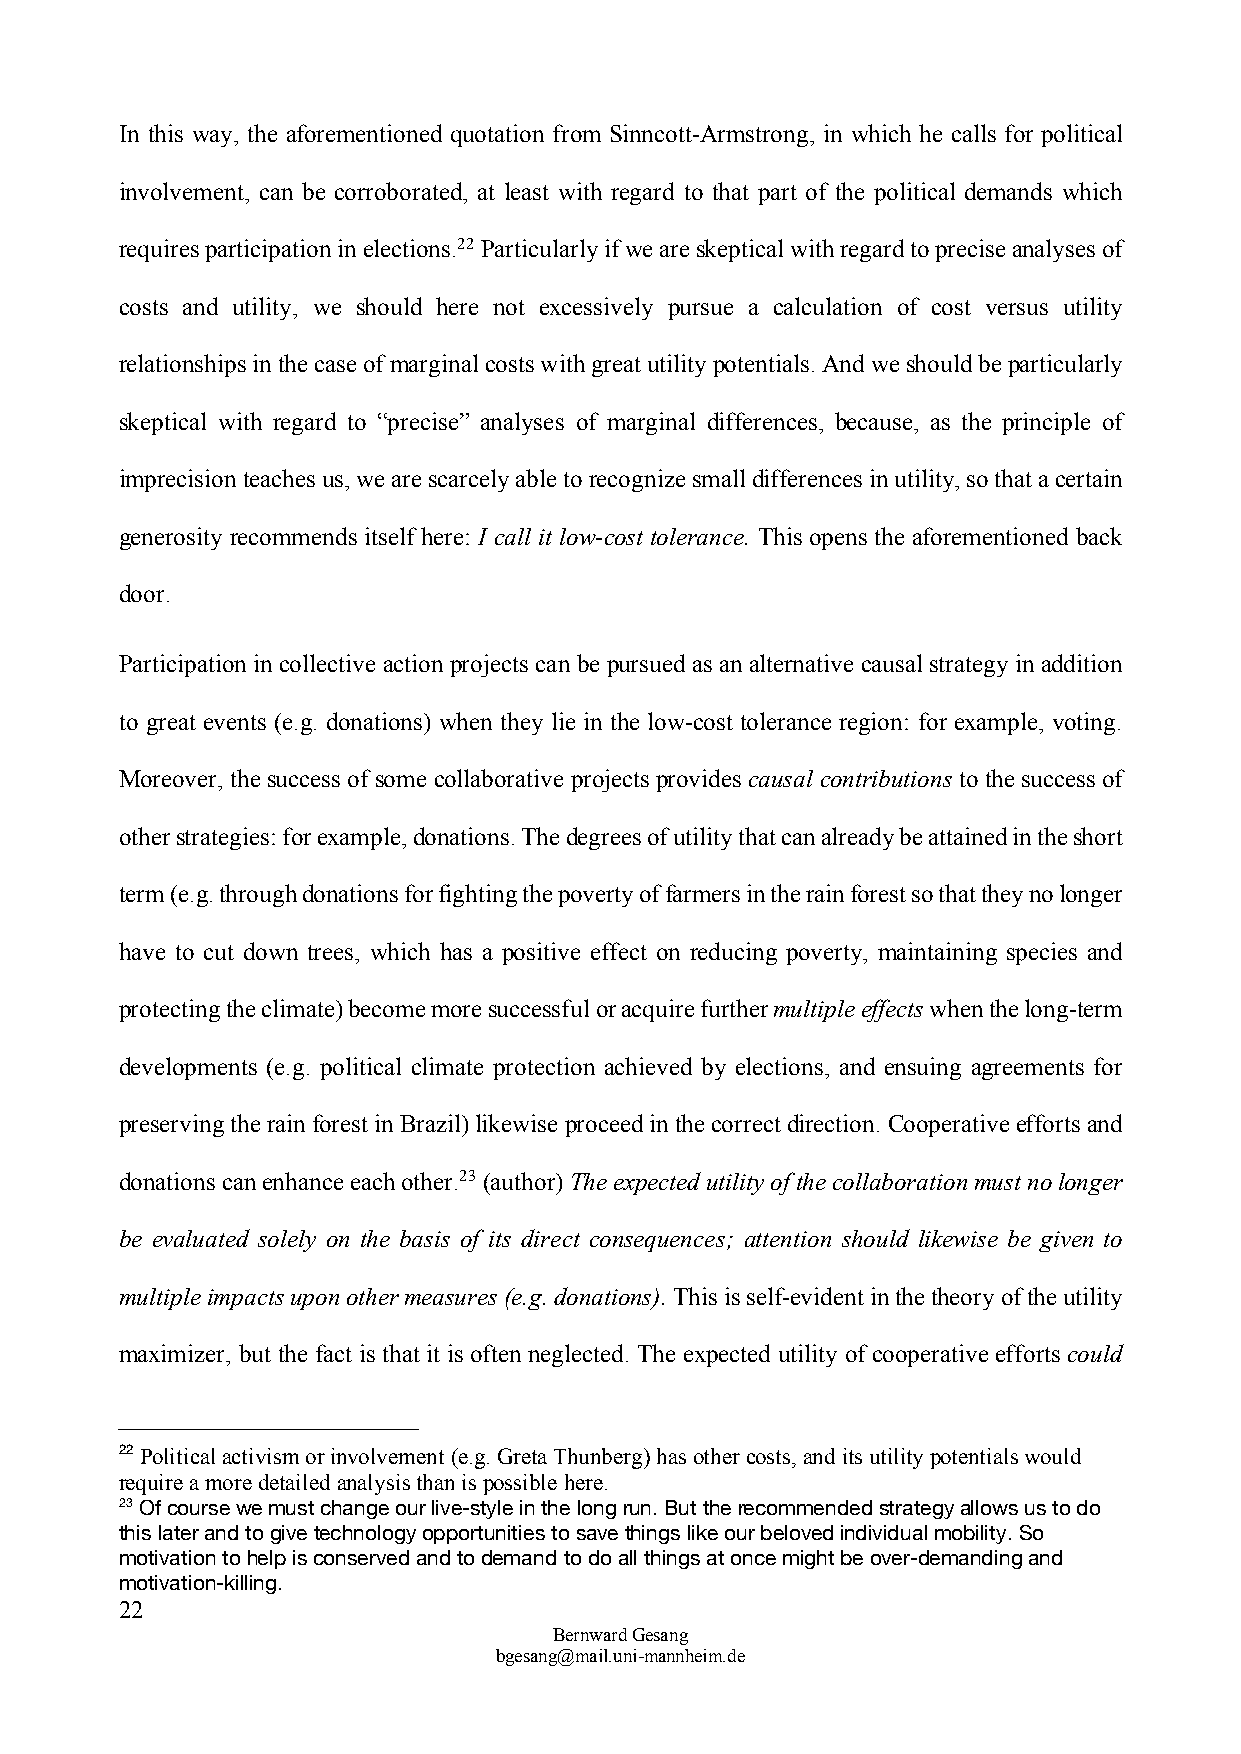
In this way, the aforementioned quotation from Sinncott-Armstrong, in which he calls for political
 involvement, can be corroborated, at least with regard to that part of the political demands which
 requires participation in elections.22 Particularly if we are skeptical with regard to precise analyses of
 costs and utility, we should here not excessively pursue a calculation of cost versus utility
 relationships in the case of marginal costs with great utility potentials. And we should be particularly
 skeptical with regard to “precise” analyses of marginal differences, because, as the principle of
 imprecision teaches us, we are scarcely able to recognize small differences in utility, so that a certain
 generosity recommends itself here: I call it low-cost tolerance. This opens the aforementioned back
 door.
 Participation in collective action projects can be pursued as an alternative causal strategy in addition
 to great events (e.g. donations) when they lie in the low-cost tolerance region: for example, voting.
 Moreover, the success of some collaborative projects provides causal contributions to the success of
 other strategies: for example, donations. The degrees of utility that can already be attained in the short
 term (e.g. through donations for fighting the poverty of farmers in the rain forest so that they no longer
 have to cut down trees, which has a positive effect on reducing poverty, maintaining species and
 protecting the climate) become more successful or acquire further multiple effects when the long-term
 developments (e.g. political climate protection achieved by elections, and ensuing agreements for
 preserving the rain forest in Brazil) likewise proceed in the correct direction. Cooperative efforts and
 donations can enhance each other.23 (author) The expected utility of the collaboration must no longer
 be evaluated solely on the basis of its direct consequences; attention should likewise be given to
 multiple impacts upon other measures (e.g. donations). This is self-evident in the theory of the utility
 maximizer, but the fact is that it is often neglected. The expected utility of cooperative efforts could
 22 Political activism or involvement (e.g. Greta Thunberg) has other costs, and its utility potentials would
 require a more detailed analysis than is possible here.
 23 Of course we must change our live-style in the long run. But the recommended strategy allows us to do
 this later and to give technology opportunities to save things like our beloved individual mobility. So
 motivation to help is conserved and to demand to do all things at once might be over-demanding and
 motivation-killing.
 22
 Bernward Gesang
 bgesang@mail.uni-mannheim.de